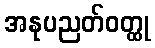
အနုပညတ်ဝတ္ထု